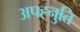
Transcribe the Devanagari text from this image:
अपह्नुति